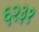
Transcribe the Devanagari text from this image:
६२३१